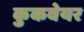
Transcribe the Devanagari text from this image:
कुकवेयर